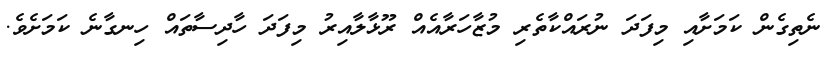
ނެތިގެން ކަމަށާއި މިފަދަ ނުރައްކާތެރި މުޒާހަރާއެއް ރޫޅާލާއިރު މިފަދަ ހާދިސާތައް ހިނގާނެ ކަމަށެވެ.